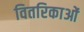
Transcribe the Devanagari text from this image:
वितरिकाओं